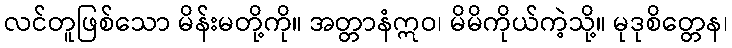
လင်တူဖြစ်သော မိန်းမတို့ကို။ အတ္တာနံဣဝ၊ မိမိကိုယ်ကဲ့သို့။ မုဒုစိတ္တေန၊